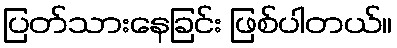
ပြတ်သားနေခြင်း ဖြစ်ပါတယ်။